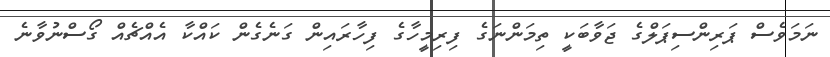
ނަމަވެސް ޕަރިންސިޕަލްގެ ޖަވާބަކީ ތިމަންނަގެ ފިރިމީހާގެ ފިހާރައިން ގަނެގެން ކައްކާ އެއްޗެއް ގޯސްނުވާނެ